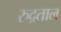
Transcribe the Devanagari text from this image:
रुद्रताल